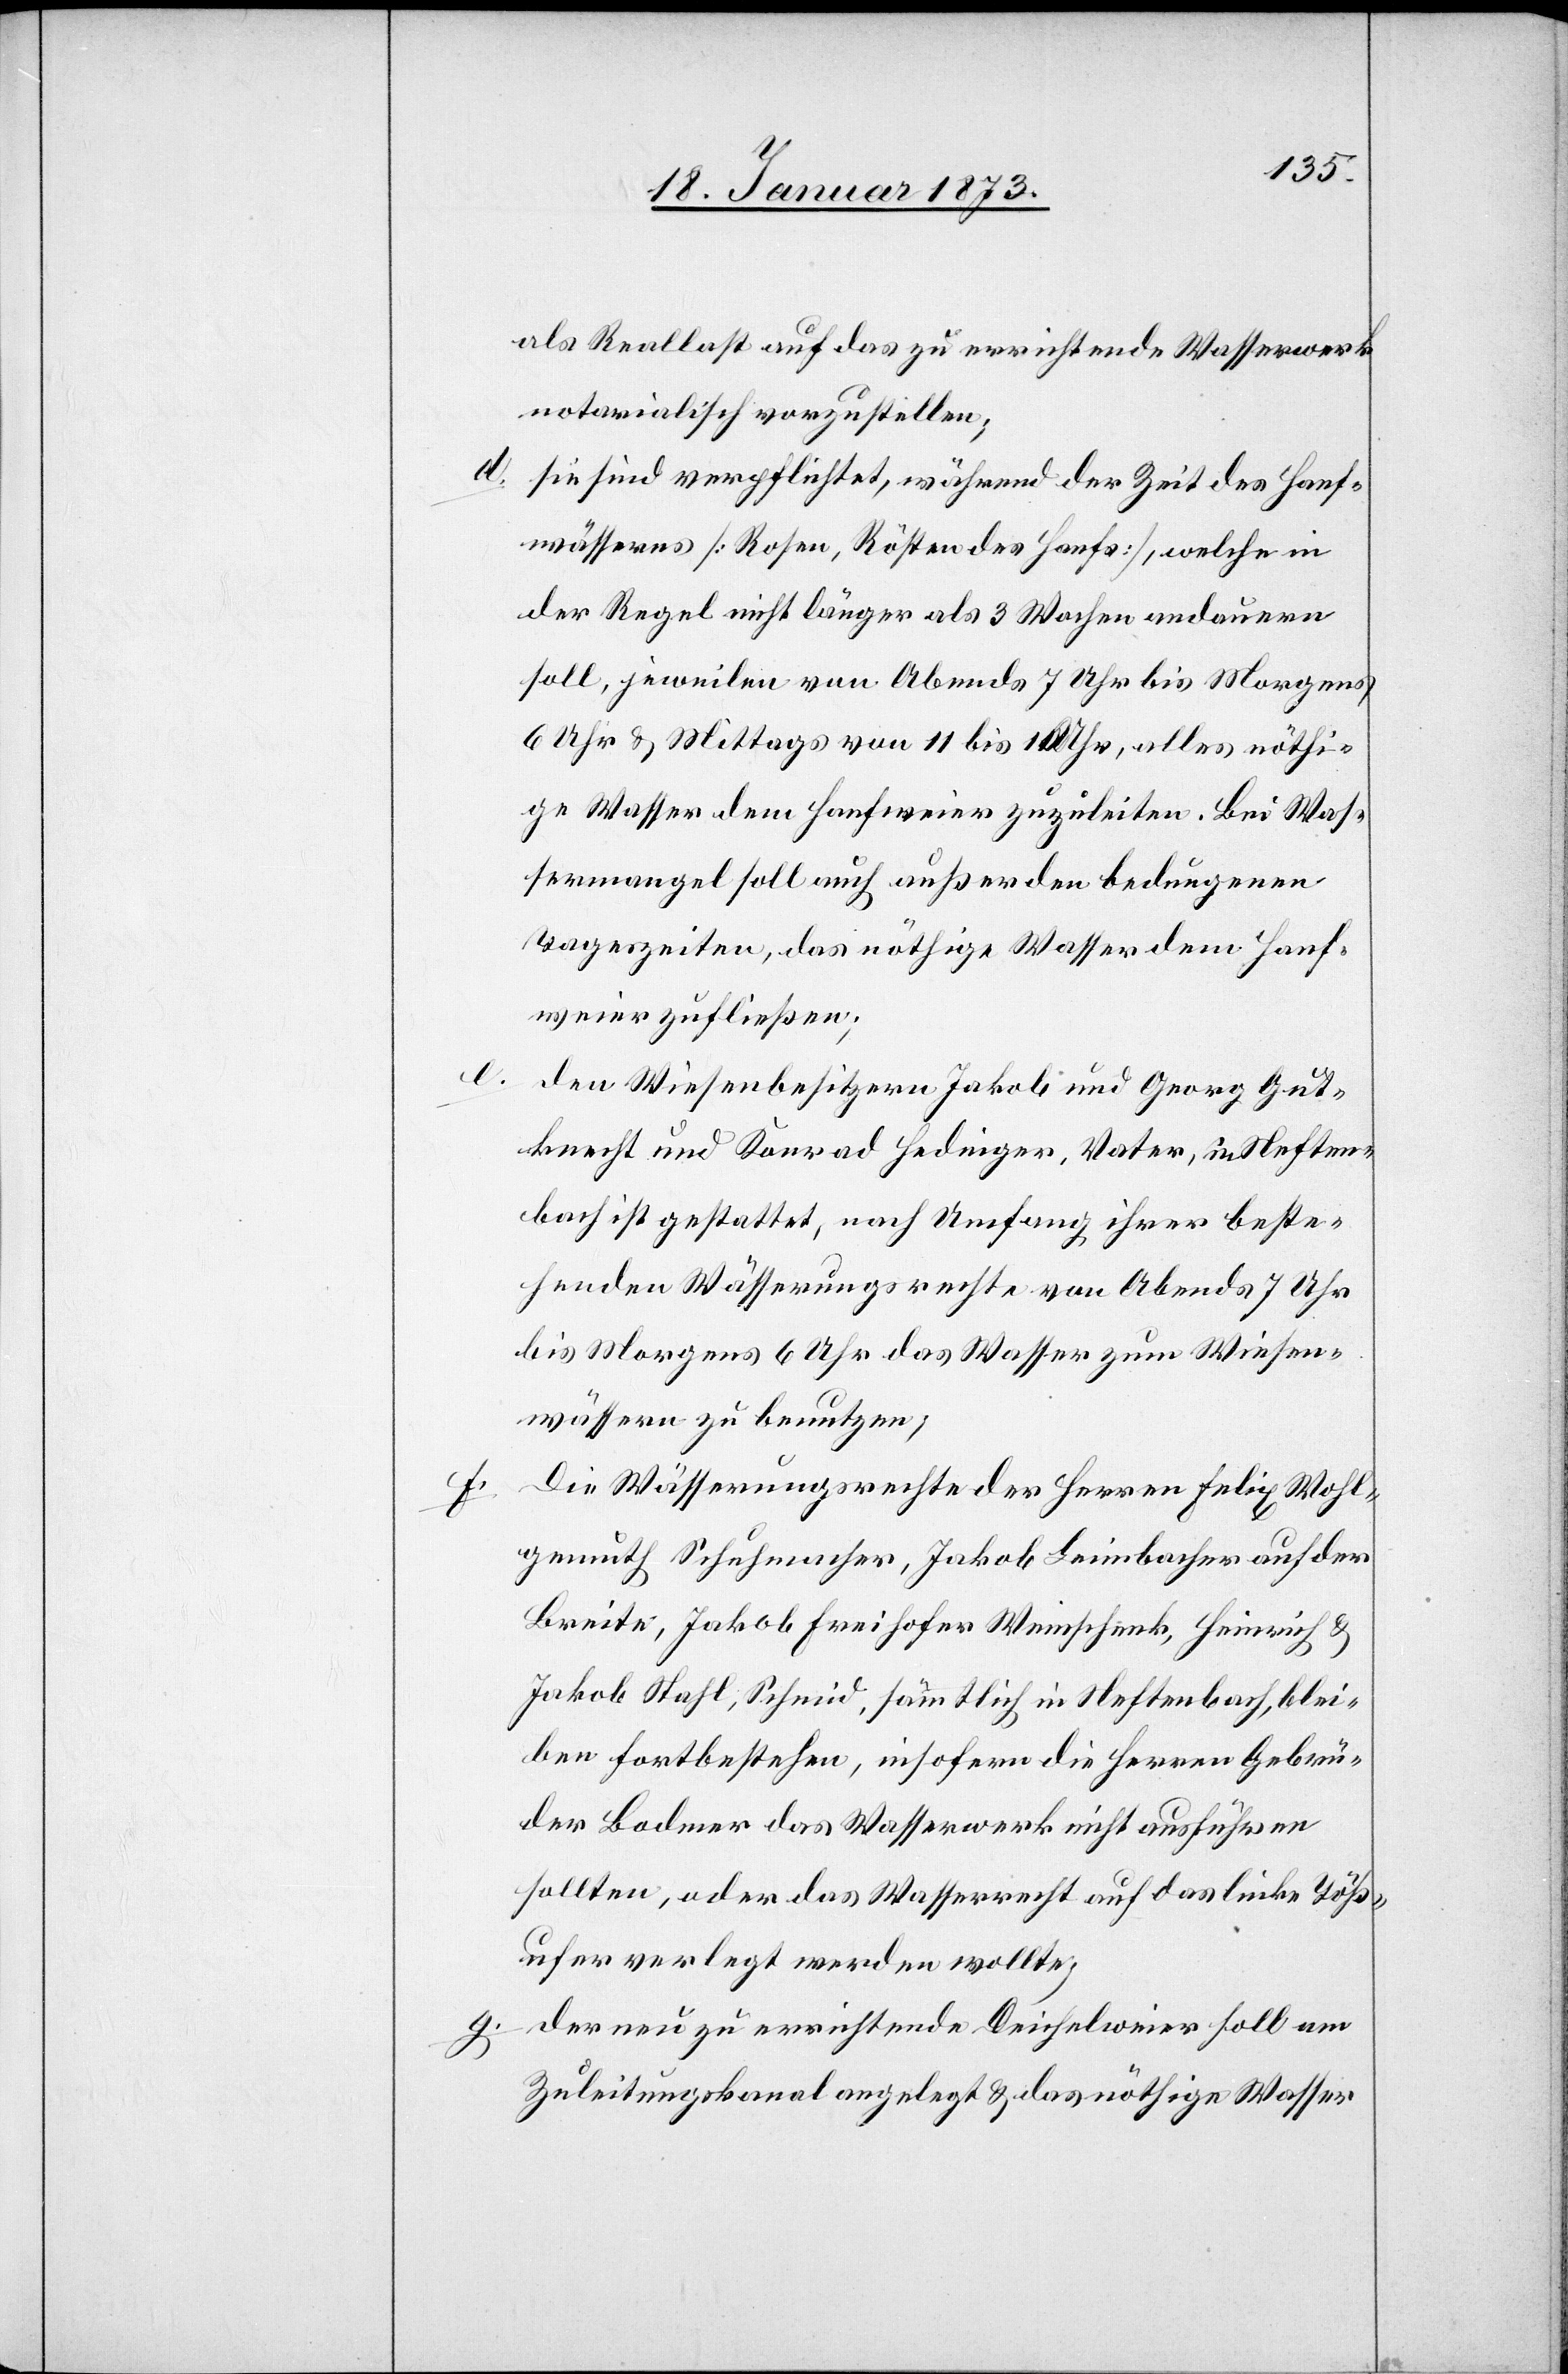
als Reallast auf das zu errichtende Wasserwerk
notarialisch vorzustellen;
d. sie sind verpflichtet, während der Zeit des Hanf¬
wässerns [Rosen, Rösten des Hanfs], welche in
der Regel nicht länger als 3 Wochen andauern
soll, jeweilen von Abends 7 Uhr bis Morgens
6 Uhr u. Mittags von 11 bis 1 Uhr, alles nöthi¬
ge Wasser dem Hanfweier zuzuleiten. Bei Was¬
sermangel soll auch außer den bedungenen
Tageszeiten, das nöthige Wasser dem Hanf¬
weier zufließen;
den Wiesenbesitzern Jakob und Georg Gut¬
knecht und Konrad Hedinger, Vater, in Neften¬
bach ist gestattet, nach Umfang ihrer beste¬
henden Wässerungsrechte von Abends 7 Uhr
bis Morgens 6 Uhr das Wasser zum Wiesen¬
wässern zu benutzen;
Die Wässerungsrechte der Herren Felix Wohl¬
gemuth Schuhmacher, Jakob Leimbacher auf der
Breite, Jakob Freihofer Weinschenk, Heinrich u.
Jakob Stahl, Schmid, sämmtlich in Neftenbach, blei¬
ben fortbestehen, insofern die Herren Gebrü¬
der Bodmer das Wasserwerk nicht ausführen
sollten, oder das Wasserrecht auf das linke Töß¬
ufer verlegt werden wollte;
g. der neu zu errichtende Deichelweier soll am
Zuleitungskanal angelegt u. das nöthige Wasser